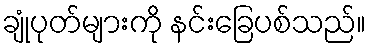
ချုံပုတ်များကို နင်းခြေပစ်သည်။